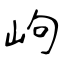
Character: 岣